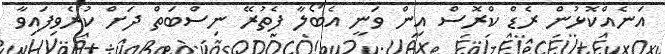
އަނެއްކޮޅުން ރެޑް ކްރޮސް އިން ވަނީ އެބޯލާ ފެތުރޭ ނިސްބަތް ދަށް ކުރެވިފައިވާ